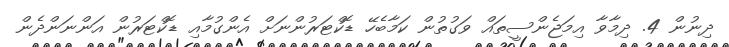
ދިނުން 4. ދިމާވާ އިމަޖެންސީތައް ވަގުތުން ކަމާބެހޭ ޑޮކްޓަރުންނަށް އެންގުމާއި ޑޮކްޓަރުން އަންނަންދެން